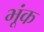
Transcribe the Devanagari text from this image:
भूंक